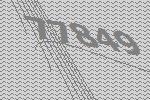
77849